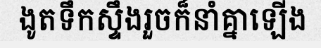
ងូតទឹកស្ទឹងរួចក៏នាំគ្នាឡើង